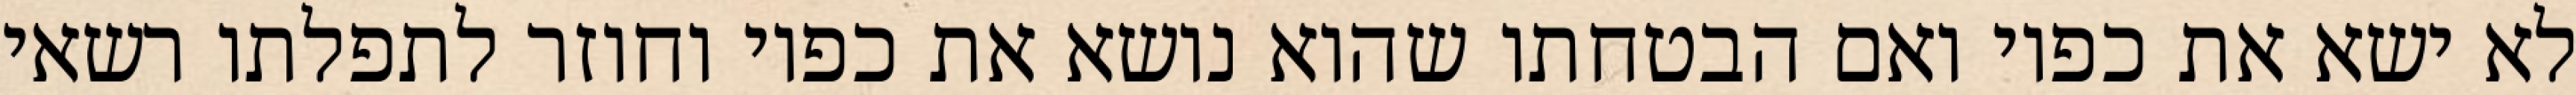
לא ישא את כפיו ואם הבטחתו שהוא נושא את כפיו וחוזר לתפלתו רשאי